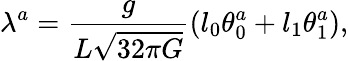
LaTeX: \lambda^{a}=\frac{g}{L\sqrt{32\pi G}}(l_{0}\theta_{0}^{a}+l_{1}\theta_{1}^{a}),